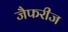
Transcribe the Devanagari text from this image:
जैफरीज